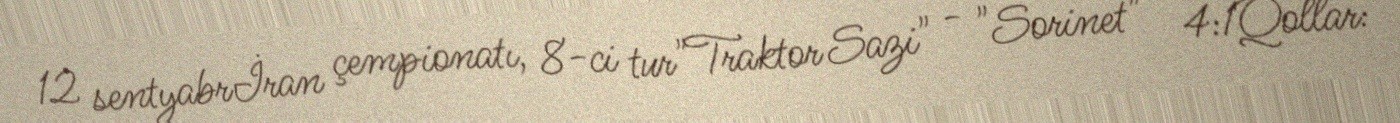
12 sentyabrİran çempionatı, 8-ci tur"Traktor Sazi" - "Sorinet" - 4:1Qollar: